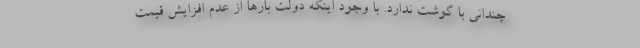
چنداني با گوشت ندارد. با وجود اينكه دولت بارها از عدم افزايش قيمت